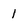
Character: I